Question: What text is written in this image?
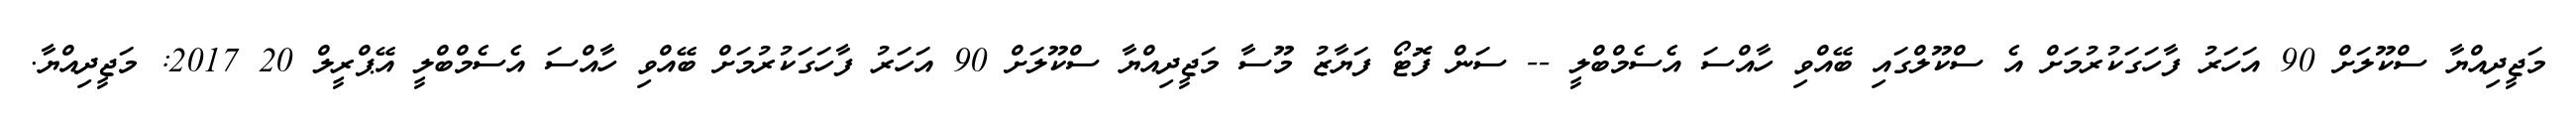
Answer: މަޖީދިއްޔާ ސްކޫލަށް 90 އަހަރު ފާހަގަކުރުމަށް އެ ސްކޫލްގައި ބޭއްވި ހާއްސަ އެސެމްބްލީ -- ސަން ފޮޓޯ ފަޔާޒު މޫސާ މަޖީދިއްޔާ ސްކޫލަށް 90 އަހަރު ފާހަގަކުރުމަށް ބޭއްވި ހާއްސަ އެސެމްބްލީ އޭޕްރީލް 20 2017: މަޖީދިއްޔާ.